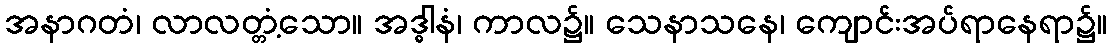
အနာဂတံ၊ လာလတ္တံ့သော။ အဒ္ဓါနံ၊ ကာလ၌။ သေနာသနေ၊ ကျောင်းအပ်ရာနေရာ၌။